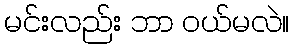
မင်းလည်း ဘာ ဝယ်မလဲ။